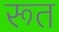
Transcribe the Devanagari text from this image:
रूत